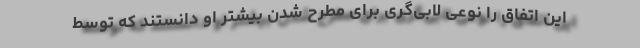
این اتفاق را نوعی لابی‌گری برای مطرح شدن بیشتر او دانستند که توسط